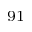
^ { 9 1 }